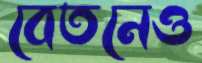
বেতনেও